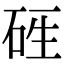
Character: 𥒑